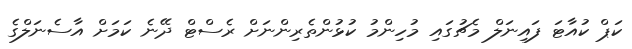
ކަޕް ކުއާޓަ ފައިނަލް މެޗުގައި މުހިންމު ކުޅުންތެރިންނަށް ރެސްޓް ދޭނެ ކަމަށް އާސެނަލްގެ